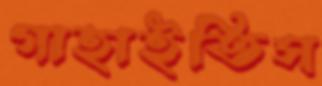
গাহাইতিস